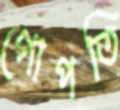
গোপতি